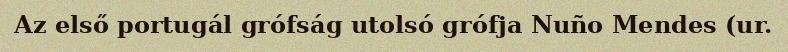
Az első portugál grófság utolsó grófja Nuño Mendes (ur.